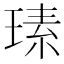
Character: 𤧉